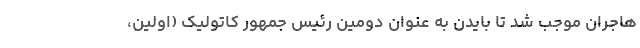
هاجران موجب شد تا بایدن به عنوان دومین رئیس جمهور کاتولیک (اولین،